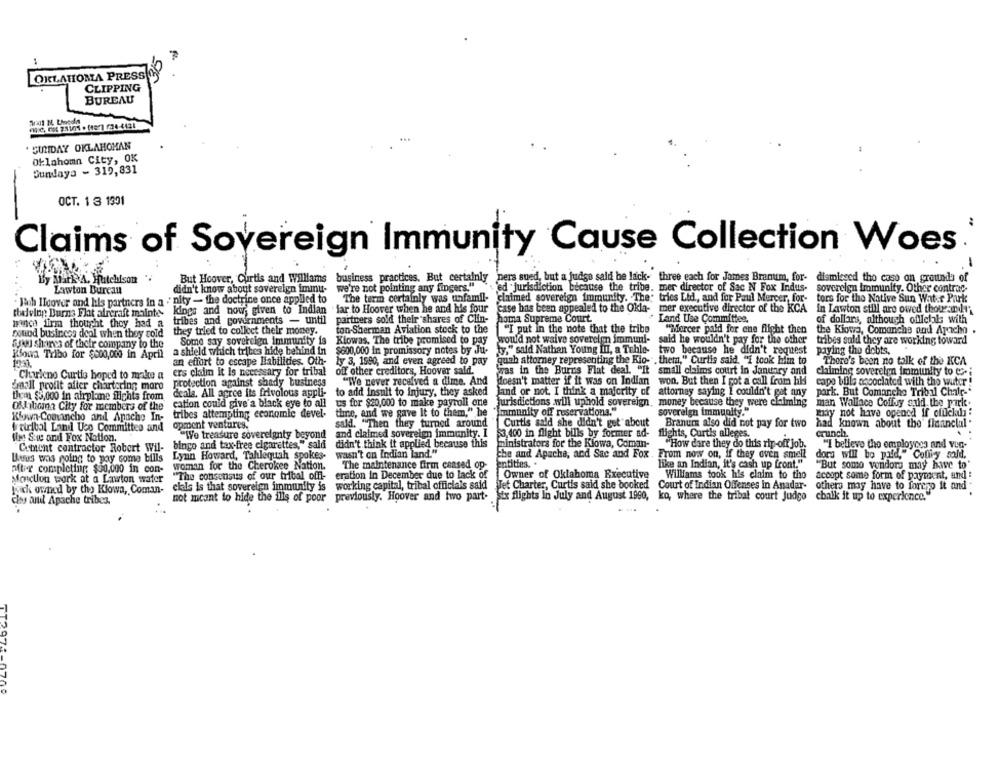
OKLAHOMA PRESSO
CLIPPING
BUREAU
SUNDAY OKLAHOMAN
Oklahoma City, OK
Sundaya - 319,831
OCT. 1 3 1391
..
Claims of Sovereign Immunity Cause Collection Woes
By Mark A. Hutchison
But Hoover, Curtis and Williams business practices. But certainly ners sued, but a judge sald be lack- three each for James Branum, for-
business practices. But certainly
pers sued, but a judge sald be lack- three each for James Branum, for- dismissed tho caso on grounds of
Lawton Bureau
didn't know about sovereign immu-
we're not pointing any fingers."
ed jurisdiction because the tribe. mer director of Sac N Fox Indus-
sovereign Immunity. Other contrac.
claimed sovereign immunity. The' trics Lid ., and for Paul Mercer, for-
tors for the Native Sun Water Pruk
Bah Ilcover and his partners in a : nity - the doctrine once applied to
The term certainly was unfamil-
tbelving Burns Flat aircraft mainte-
kings and now; given to Indian
far to Hoover when he and his four
case has been appealed to the Okla- mer executive director of the KCA in Lawton still are owed thousandd'
tribes and gowirnments - until
partners sold their shares of Clin-
oma Supreme Court
Land Use Committee,
of dollars, although ofllelals with
mance firm thought they had a
pound busincos deal when they cold they tried to collect their money.
ton-Sherman Aviation stock to the
"I put in the note that the tribe
"Mercer pald for one flight then
the Kiowa, Comanche and Apache .
SyNu shares of their company to the
Some say sovereign Immunity is
Klowas. The tribe promised to pay
would not waive sovercim immuni-
said he wouldn't pay for the other
tribes said they are working toward
a shield which tribes hide behind in
$600,000 in promissory notes by Ju-
ty," said Nathan Young III, a Tohle- two because he didn't request
paying tho dobts.
Kloua Tribo for $800,000 in April
an effort to escape liabilities. Oth-
1yr 3, 1590, and even agreed to pay
quah attorney representing the Kio- . thema," Curtis said. "I took him to
There's been no talk of the KCA
ers claim it is necessary for tribal
off other creditors, Hoover sald.
was in the Burns Flat deal. "It small claims court in January and
claiming sovereign immunity to Co-i
Charleno Curtis hoped to make a
protection against shady business
"We never received a dime. And
doesn't matter if it was on Indian
won. But then I got a call from hh
capo bills ascoclated with the wuter !
dasll profit after chartering moro
theen $3,000 in airplane flights from
deala. All agree its frivolous appli- to add insult to injury, they asked
land or not. I think a majority of
attorney saying I couldn't got any
park. But Comanche Tribal Chalr."
cation could give' a black eye to all
us for $20,000 to make payroll one
jurisdictions will uphold sovereign, money because they were claiming
man Wallace Coffvy quid the park.
Ofhboma City for members of the
the, and we gave It to them," he
"immunity off reservations."
sovereign immunity."
may not have opened if official :
Klown-Convincho and Apache In-
tribes attempting economic devel-
airibal Land Uco Committee and
opment ventures.
sald. "Then they turned around
Curtis said she didn't get about
Branuma also did not pay for two
had known about the' flaanclal .
"IVe treasure sovereignty beyond
and claimed sovereign immunity. I
$3,400 in flight bills by former ad-
flights, Curtis alleges.
crunch.
fin Swe and Fox Nation.
ministrators for the Kiowa, Coman-
Ciment contractor Robert Wil- bingo and tax-free cigarettes," sald
didn't think it applied because this
"How dare they do this rip-off Job.
"I believe tho employees and vig-
Uwus was going to pay some bills Lynn Howard, Tahlequah spokes-
wasn't on Indian land."
che and Apache, and Sac and Fox . From now on, if they oven smell
dors will be paid," Colliy sald.
woman for the Cherokee Nation.
The maintenance firm ceased op-
entities. .
like an Indian, it's cash up front."
"But somo vendors may have to"
after completing $90,000 in con-
Moncton work at a Lawton water
"The consensus of our tribal offl-
eration in December due to lack of
Owner of Oklahoma Executive
Williams took his claim to the
acoopt some form of payment, and :
cials is that sovereign immunity is
working capital, tribal officials said
Tet Charter, Curtis said she booked
Court of Indian Offenses In Anadar-
others may have to forego it and
jack owned by the Kiowa, Coman-
previously. Hoover and two part- Mix flights In July and August 1990,
cls and Apache tribes.
not meant to hide the ills of poor
ko, where the tribal court Judge chalk it up to experience.